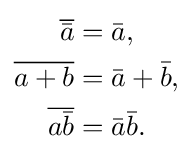
{\begin{aligned}{\overline {\bar {a}}}&={\bar {a}},\\{\overline {a+b}}&={\bar {a}}+{\bar {b}},\\{\overline {a{\bar {b}}}}&={\bar {a}}{\bar {b}}.\end{aligned}}